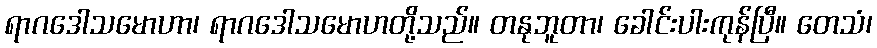
ရာဂဒေါသမောဟာ၊ ရာဂဒေါသမောဟတို့သည်။ တနုဘူတာ၊ ခေါင်းပါးကုန်ပြီ။ တေသံ၊